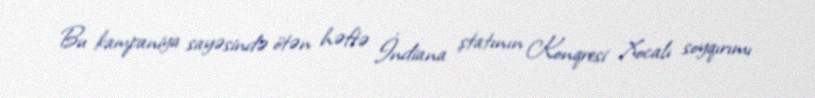
Bu kampaniya sayəsində ötən həftə İndiana ştatının Konqresi Xocalı soyqırımı